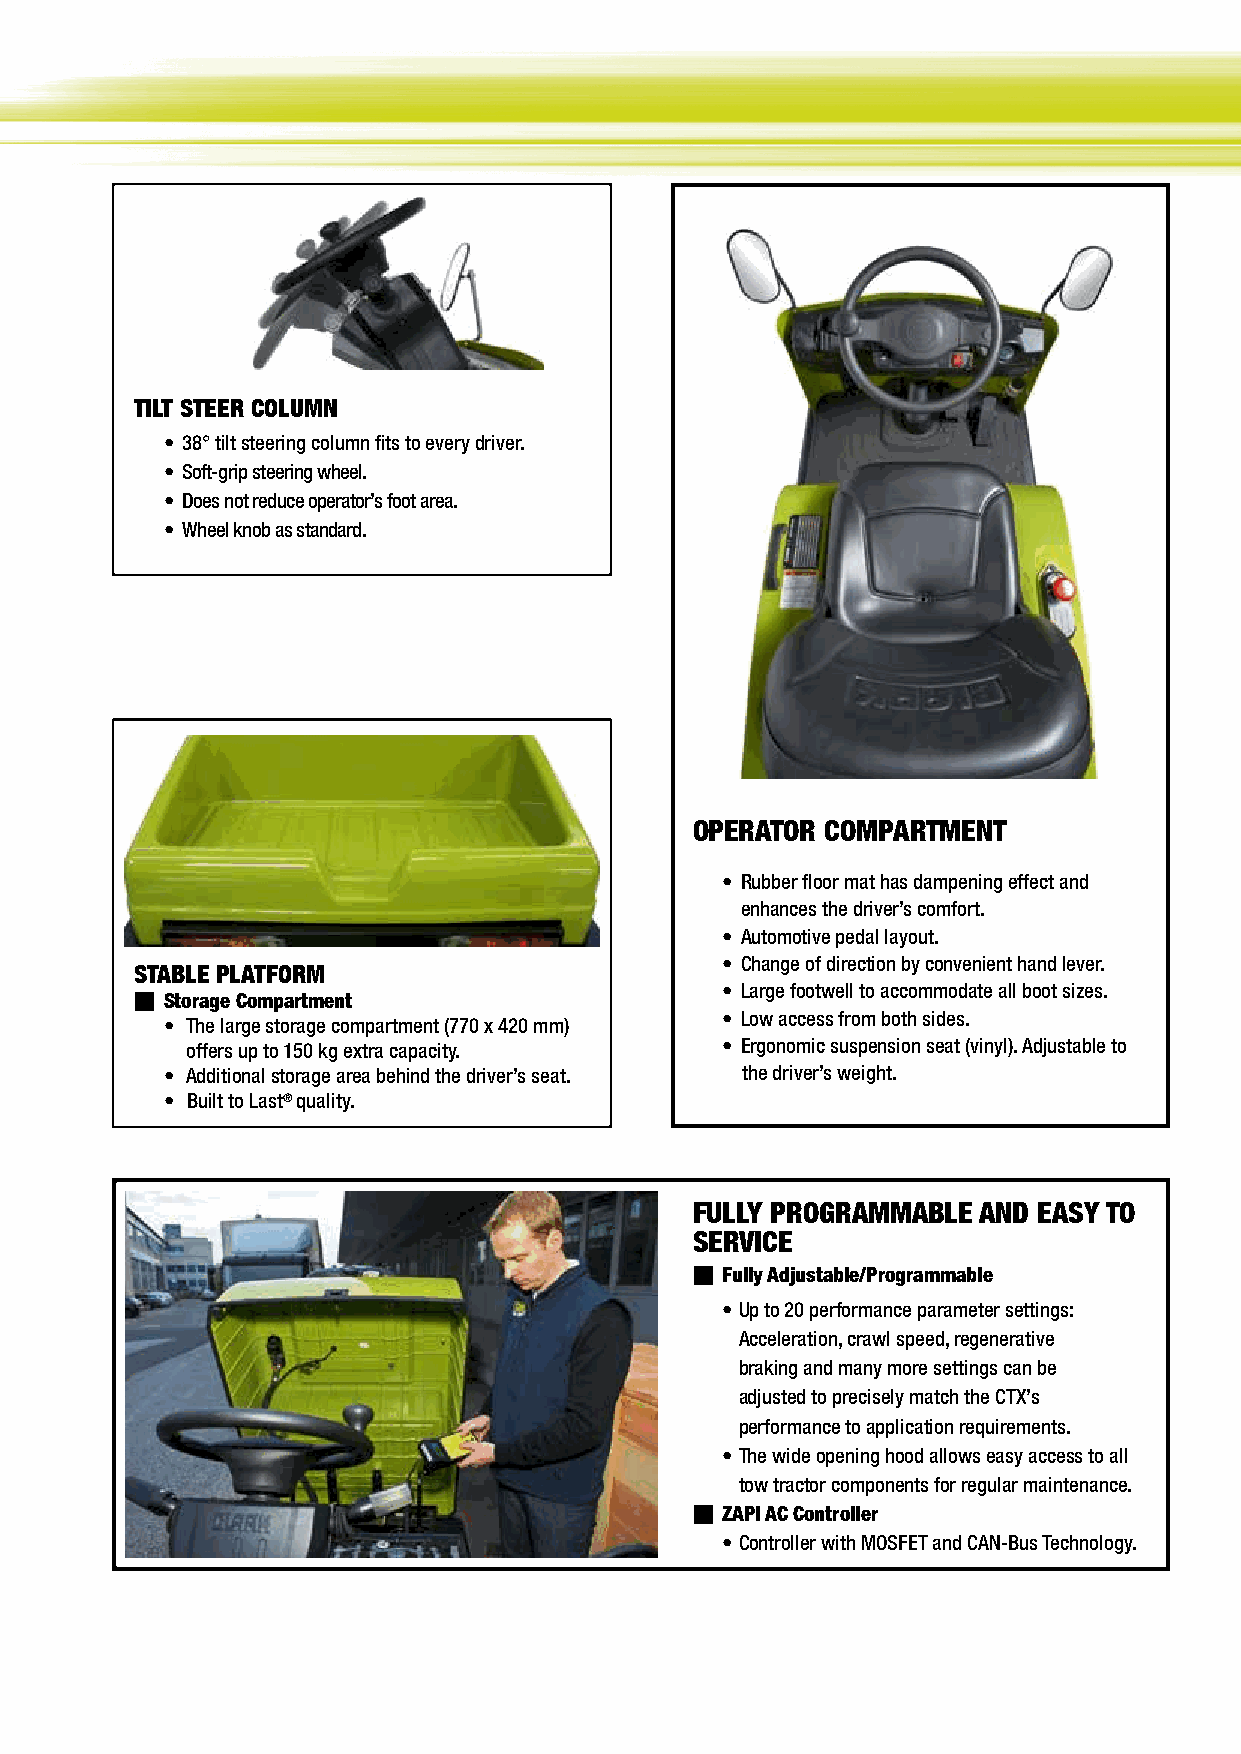
CTX40/70 STANDARD FEATURES & BENEFITS
 TILT STEER COLUMN
 • 38° tilt steering column fits to every driver.
 • Soft-grip steering wheel.
 • Does not reduce operator’s foot area.
 • Wheel knob as standard.
 OPERATOR COMPARTMENT
 • Rubber floor mat has dampening effect and
 enhances the driver’s comfort.
 • Automotive pedal layout.
 • Change of direction by convenient hand lever.
 STABLE PLATFORM
 • Large footwell to accommodate all boot sizes.
 n Storage Compartment
 • Low access from both sides.
 • The large storage compartment (770 x 420 mm)
 offers up to 150 kg extra capacity. • Ergonomic suspension seat (vinyl). Adjustable to
 • Additional storage area behind the driver’s seat. the driver’s weight.
 • Built to Last® quality.
 FULLY PROGRAMMABLE AND EASY TO
 SERVICE
 n Fully Adjustable/Programmable
 • Up to 20 performance parameter settings:
 Acceleration, crawl speed, regenerative
 braking and many more settings can be
 adjusted to precisely match the CTX’s
 performance to application requirements.
 • The wide opening hood allows easy access to all
 tow tractor components for regular maintenance.
 n ZAPI AC Controller
 • Controller with MOSFET and CAN-Bus Technology.